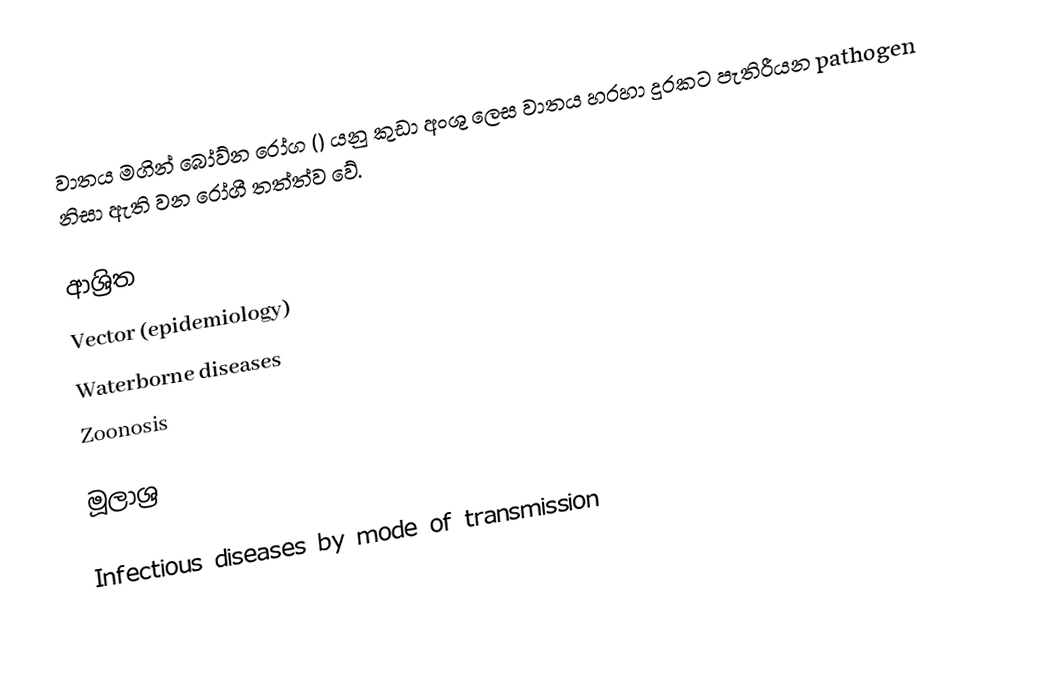
වාතය මගින් බෝව්න රෝග () යනු කුඩා අංශු ලෙස වාතය හරහා දුරකට පැතිරීයන pathogen නිසා ඇති වන රෝගී තත්ත්ව වේ.

ආශ්‍රිත
Vector (epidemiology)
Waterborne diseases
Zoonosis

මූලාශ්‍ර

Infectious diseases by mode of transmission